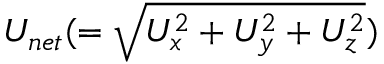
U _ { n e t } ( = \sqrt { U _ { x } ^ { 2 } + U _ { y } ^ { 2 } + U _ { z } ^ { 2 } } )